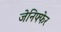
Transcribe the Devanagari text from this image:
जेनिफ्फेर